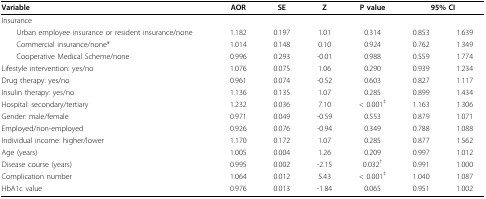
<table><thead><tr><td><b>Variable</b></td><td><b>AOR</b></td><td><b>SE</b></td><td><b>Z</b></td><td><b>P value</b></td><td colspan="2"><b>95% CI</b></td></tr></thead><tbody><tr><td>Insurance</td><td></td><td></td><td></td><td></td><td></td><td></td></tr><tr><td> Urban employee insurance or resident insurance/none</td><td>1.182</td><td>0.197</td><td>1.01</td><td>0.314</td><td>0.853</td><td>1.639</td></tr><tr><td> Commercial insurance/none*</td><td>1.014</td><td>0.148</td><td>0.10</td><td>0.924</td><td>0.762</td><td>1.349</td></tr><tr><td> Cooperative Medical Scheme/none</td><td>0.996</td><td>0.293</td><td>-0.01</td><td>0.988</td><td>0.559</td><td>1.774</td></tr><tr><td>Lifestyle intervention: yes/no</td><td>1.076</td><td>0.075</td><td>1.06</td><td>0.290</td><td>0.939</td><td>1.234</td></tr><tr><td>Drug therapy: yes/no</td><td>0.961</td><td>0.074</td><td>-0.52</td><td>0.603</td><td>0.827</td><td>1.117</td></tr><tr><td>Insulin therapy: yes/no</td><td>1.136</td><td>0.135</td><td>1.07</td><td>0.285</td><td>0.899</td><td>1.434</td></tr><tr><td>Hospital: secondary/tertiary</td><td>1.232</td><td>0.036</td><td>7.10</td><td>&lt; 0.001<sup>‡</sup></td><td>1.163</td><td>1.306</td></tr><tr><td>Gender: male/female</td><td>0.971</td><td>0.049</td><td>-0.59</td><td>0.553</td><td>0.879</td><td>1.071</td></tr><tr><td>Employed/non-employed</td><td>0.926</td><td>0.076</td><td>-0.94</td><td>0.349</td><td>0.788</td><td>1.088</td></tr><tr><td>Individual income: higher/lower</td><td>1.170</td><td>0.172</td><td>1.07</td><td>0.285</td><td>0.877</td><td>1.562</td></tr><tr><td>Age (years)</td><td>1.005</td><td>0.004</td><td>1.26</td><td>0.209</td><td>0.997</td><td>1.012</td></tr><tr><td>Disease course (years)</td><td>0.995</td><td>0.002</td><td>-2.15</td><td>0.032<sup>†</sup></td><td>0.991</td><td>1.000</td></tr><tr><td>Complication number</td><td>1.064</td><td>0.012</td><td>5.43</td><td>&lt; 0.001<sup>‡</sup></td><td>1.040</td><td>1.087</td></tr><tr><td>HbA1c value</td><td>0.976</td><td>0.013</td><td>-1.84</td><td>0.065</td><td>0.951</td><td>1.002</td></tr></tbody></table>